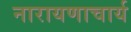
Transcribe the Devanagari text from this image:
नारायणाचार्य